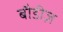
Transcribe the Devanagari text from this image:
बौडीज़